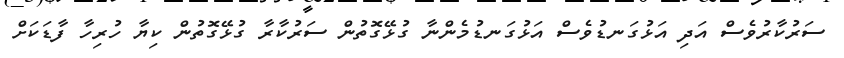
ސަރުކާރުވެސް އަދި އަޅުގަނޑުވެސް އަޅުގަނޑުމެންނާ ގުޅޭގޮތުން ސަރުކާރާ ގުޅޭގޮތުން ކިޔާ ހުރިހާ ފާޑަކަށް